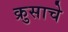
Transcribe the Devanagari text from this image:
क्रुसाचे